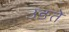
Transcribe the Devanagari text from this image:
उङते